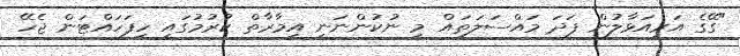
"ގޭގެ އަރިއަޅާލުން ފަދަ މައްސަލަތައް މި ނުކުންނަނީ އިމާރާތް ކުރުމުގައި ހިފަހައްޓަން ޖެހޭ